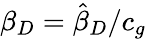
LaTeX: \beta_{D}=\hat{\beta}_{D}/c_{g}